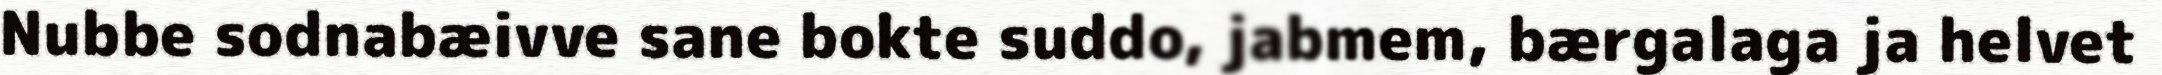
Nubbe sodnabæivve sane bokte suddo, jabmem, bærgalaga ja helvet